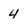
Character: 4